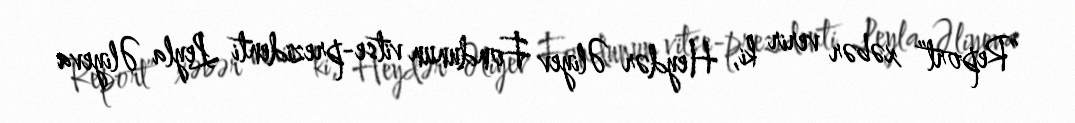
“Report” xəbər verir ki, Heydər Əliyev Fondunun vitse-prezidenti Leyla Əliyeva